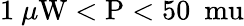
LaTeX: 1~\mu\mathrm{{W}<P<50~\ mu}